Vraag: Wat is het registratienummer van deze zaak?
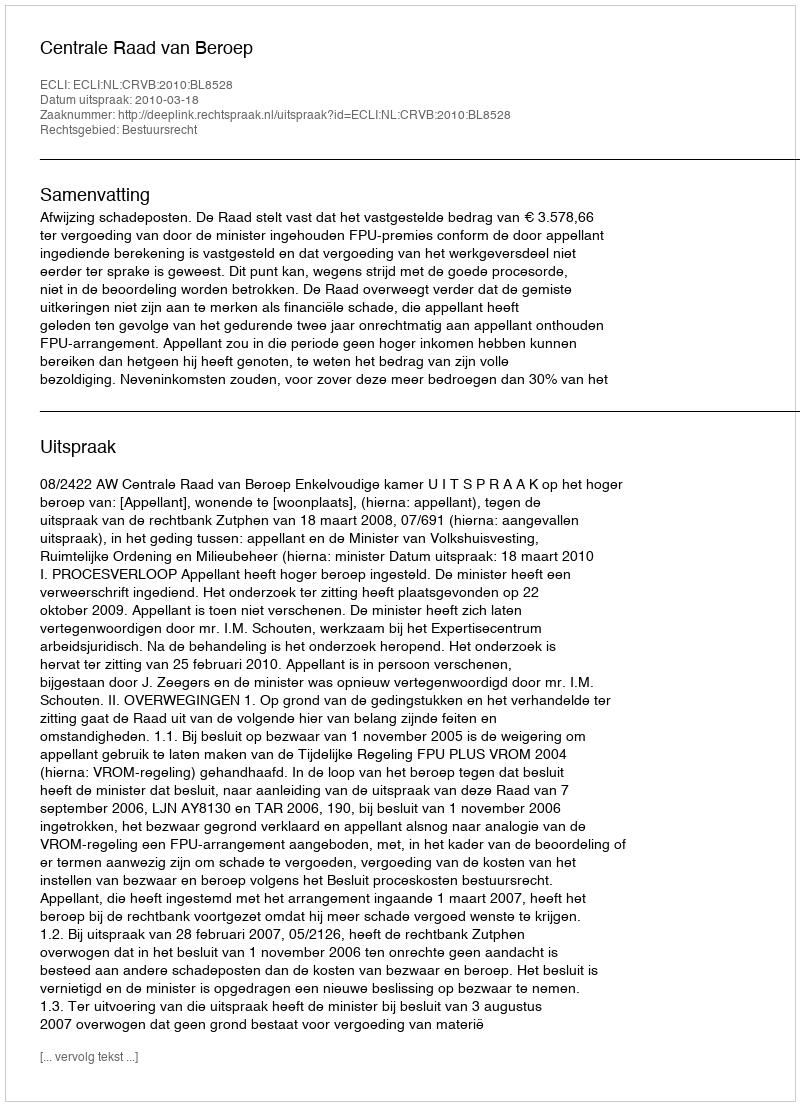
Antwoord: http://deeplink.rechtspraak.nl/uitspraak?id=ECLI:NL:CRVB:2010:BL8528